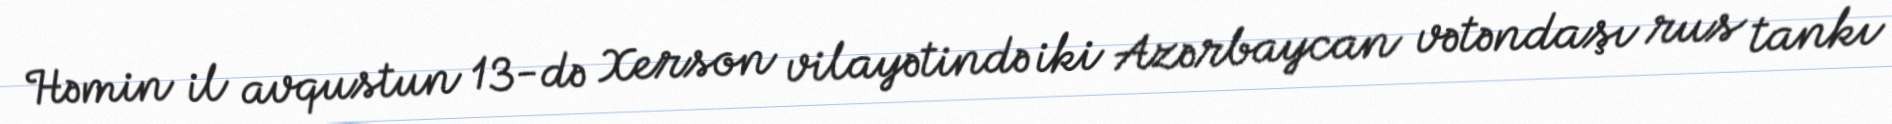
Həmin il avqustun 13-də Xerson vilayətində iki Azərbaycan vətəndaşı rus tankı